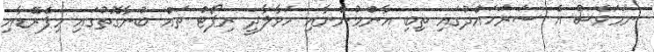
ނަމަވެސް އެ ސަރަހައްދުގައި ތިބި އާންމުންނާއި ހަވާލާދީ ރިޕޯޓް ތައް ބުނާގޮތުގައި މިޕެރޭޑާއި